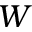
\boldsymbol { W }